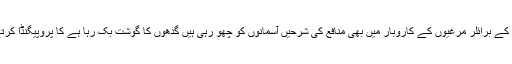
شریفوں کے برائلر مرغیوں کے کاروبار میں بھی منافع کی شرحیں آسمانوں کو چھو رہی ہیں گدھوں کا گوشت بک رہا ہے کا پروپیگنڈا کرتے رہو ۔